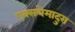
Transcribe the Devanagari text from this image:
एक्सत्रेमादुरा